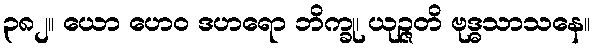
၃၈၂။ ယော ဟေဝ ဒဟရော ဘိက္ခု၊ ယုဉ္ဇတိ ဗုဒ္ဓသာသနေ။